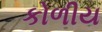
કોળીય